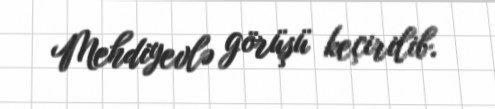
Mehdiyevlə görüşü keçirilib.